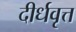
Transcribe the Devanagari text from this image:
दीर्धवृत्त